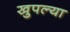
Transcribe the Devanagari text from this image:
खुपल्या